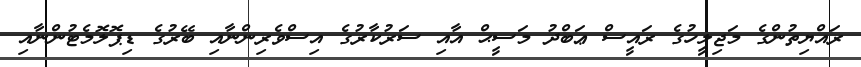
ރައްޔިތުންގެ މަޖިލީހުގެ ރައީސް ޢަބްދު މަސީޙް އާއި ސަރުކާރުގެ އިސްވެރިންނާއި ބޭރުގެ ޑިޕޮލޮމެޓުންނާއި